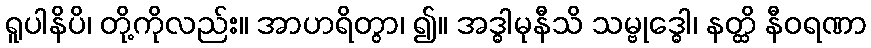
ရူပါနိပိ၊ တို့ကိုလည်း။ အာဟရိတွာ၊ ၍။ အဒ္ဓါမုနီသိ သမ္ဗုဒ္ဓေါ၊ နတ္ထိ နီဝရဏာ